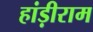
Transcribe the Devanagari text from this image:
हांड़ीराम